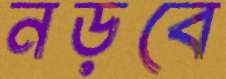
নড়বে